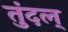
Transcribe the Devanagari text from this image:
तुंदल्